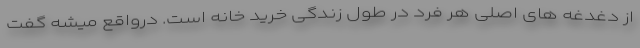
از دغدغه های اصلی هر فرد در طول زندگی خرید خانه است. درواقع میشه گفت